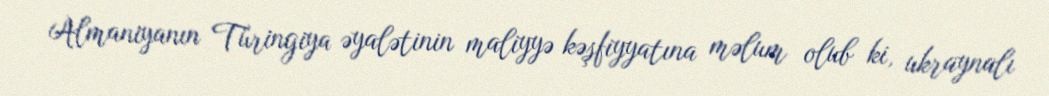
Almaniyanın Türingiya əyalətinin maliyyə kəşfiyyatına məlum olub ki, ukraynalı